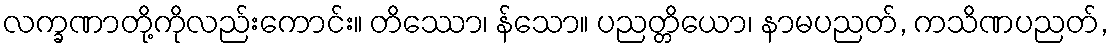
လက္ခဏာတို့ကိုလည်းကောင်း။ တိဿော၊ န်သော။ ပညတ္တိယော၊ နာမပညတ်, ကသိဏပညတ်,